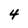
Character: 4